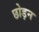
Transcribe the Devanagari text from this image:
छोड़न